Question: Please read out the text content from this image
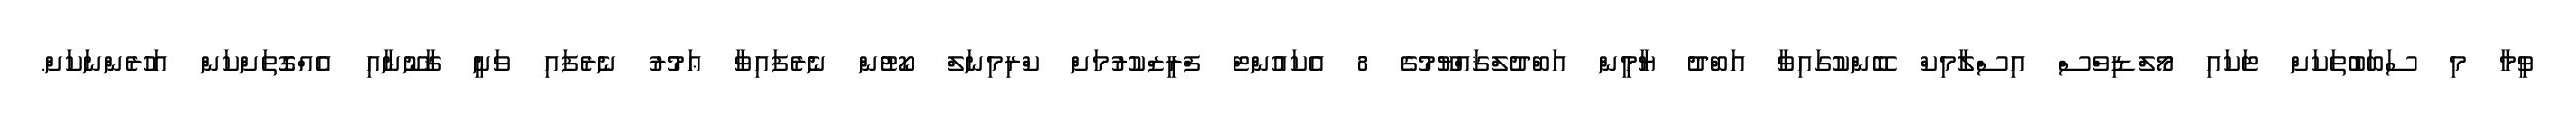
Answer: ވީމާ މި ސަބަބުތަކަށް ޓަކައި މޯލްޑިވްސް އިސްލާމިކް ބޭންކުގައިވާ އަބްދު ޔާމީން އަބްދުލްޤައްޔޫމުގެ 8 އެކައުންޓް ފްރީޒްކުރުމަށް ކްރިމިނަލް ކޯޓުން ނެރެފައިވާ ޢަމުރު ނެރެފައި ވަނީ ޤާނޫނާއި އެއްގޮތަށްކަން އަހުރެންނަކަށް.